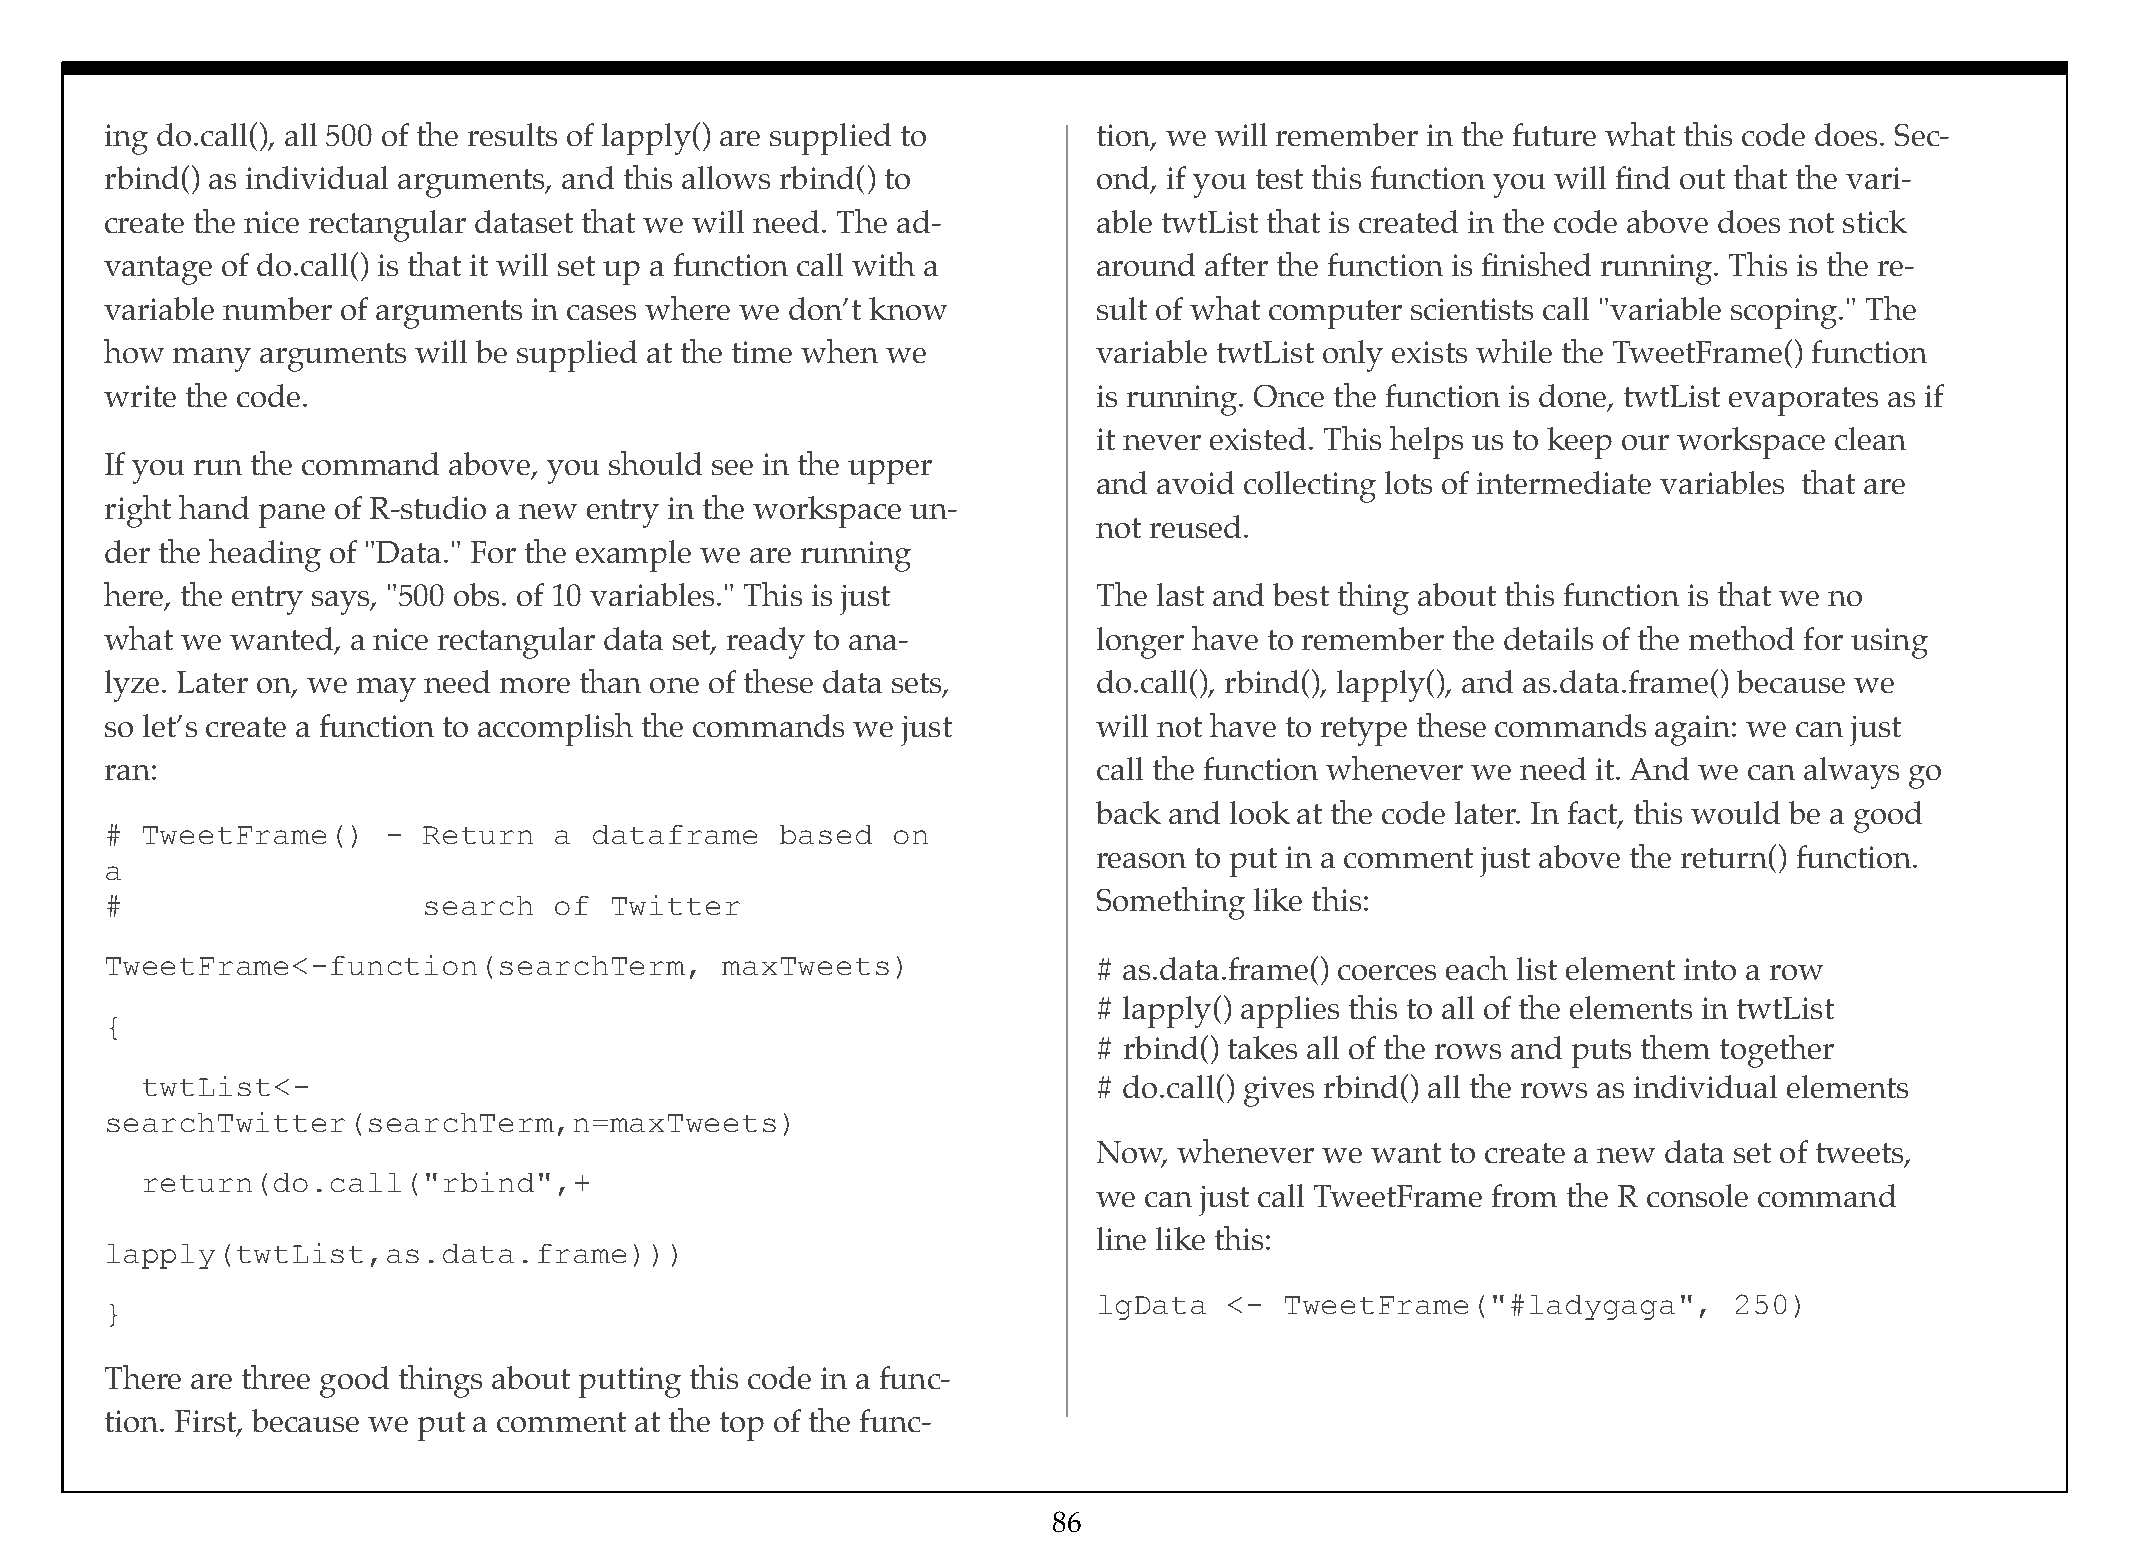
ing do.call(), all 500 of the results of lapply() are supplied to tion, we will remember in the future what this code does. Sec-
 rbind() as individual arguments, and this allows rbind() to       ond, if you test this function you will find out that the vari-
 create the nice rectangular dataset that we will need. The ad-    able twtList that is created in the code above does not stick
 vantage of do.call() is that it will set up a function call with a around after the function is finished running. This is the re-
 variable number of arguments in cases where we don’t know         sult of what computer scientists call "variable scoping." The
 how many  arguments  will be supplied at the time when we         variable twtList only exists while the TweetFrame() function
 write the code.                                                   is running. Once the function is done, twtList evaporates as if
 it never existed. This helps us to keep our workspace clean
 If you run the command above, you should see in the upper
 and avoid collecting lots of intermediate variables that are
 right hand pane of R-studio a new entry in the workspace un-
 not reused.
 der the heading of "Data." For the example we are running
 here, the entry says, "500 obs. of 10 variables." This is just    The last and best thing about this function is that we no
 what we wanted, a nice rectangular data set, ready to ana-        longer have to remember the details of the method for using
 lyze. Later on, we may need more than one of these data sets,     do.call(), rbind(), lapply(), and as.data.frame() because we
 so let’s create a function to accomplish the commands we just     will not have to retype these commands again: we can just
 ran:                                                              call the function whenever we need it. And we can always go
 back and look at the code later. In fact, this would be a good
 # TweetFrame()     - Return   a dataframe    based  on
 reason to put in a comment just above the return() function.
 a
 #                    search   of Twitter                          Something like this:
 TweetFrame<-function(searchTerm,         maxTweets)               # as.data.frame() coerces each list element into a row
 # lapply() applies this to all of the elements in twtList
 {
 # rbind() takes all of the rows and puts them together
 twtList<-                                                       # do.call() gives rbind() all the rows as individual elements
 searchTwitter(searchTerm,n=maxTweets)
 Now, whenever  we want to create a new data set of tweets,
 return(do.call("rbind",+
 we can just call TweetFrame from the R console command
 line like this:
 lapply(twtList,as.data.frame)))
 lgData  <-  TweetFrame("#ladygaga",       250)
 }
 There are three good things about putting this code in a func-
 tion. First, because we put a comment at the top of the func-
 86